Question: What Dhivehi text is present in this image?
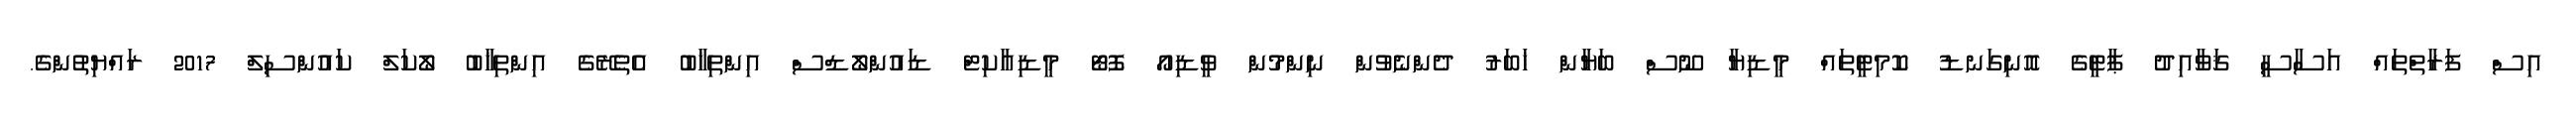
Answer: އިސް ފަރާތްތައް އަސާސީ ޤަވާއިދު ޕާޓީގެ އޮނިގަނޑު ކޮމިޓީތައް މީޑިޔާ ނޫސް ބަޔާން ޚަބަރު ދެންނެވުން ނިންމުން ވީޑިއޯ ފޮޓޯ މީޑިއާކިޓް ޑައުންލޯޑްސް އިންތިޚާބު އެތެރޭގެ އިންތިޚާބު ލޯކަލް ކައުންސިލް 2017 ރައްޔިތުންގެ.